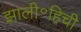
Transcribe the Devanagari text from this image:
झाली॰हिची